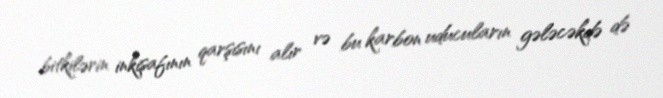
bitkilərin inkişafının qarşısını alır və bu karbon uducuların gələcəkdə də